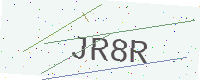
Text: JR8R